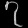
Digit: ၇